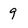
Character: 9